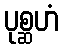
ပုစ္ဆဟံ